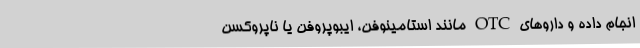
انجام داده و دارو‌های OTC مانند استامینوفن، ایبوپروفن یا ناپروکسن